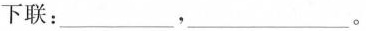
下联：_______，_____。